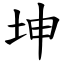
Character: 坤